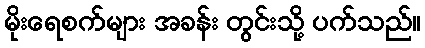
မိုးရေစက်များ အခန်း တွင်းသို့ ပက်သည်။